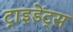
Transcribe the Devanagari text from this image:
ट्राइडेंट्स